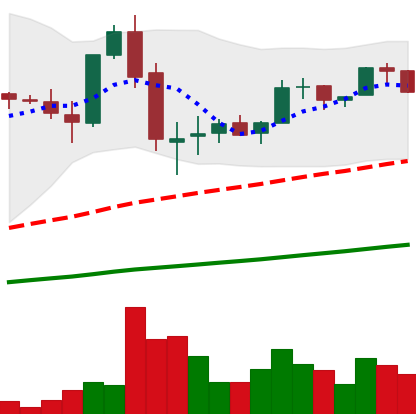
Ticker: LTC-USD
Chart end date: 2017-06-07
Forward return: 3.905%
Label: up_3_5